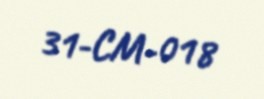
31-CM-018